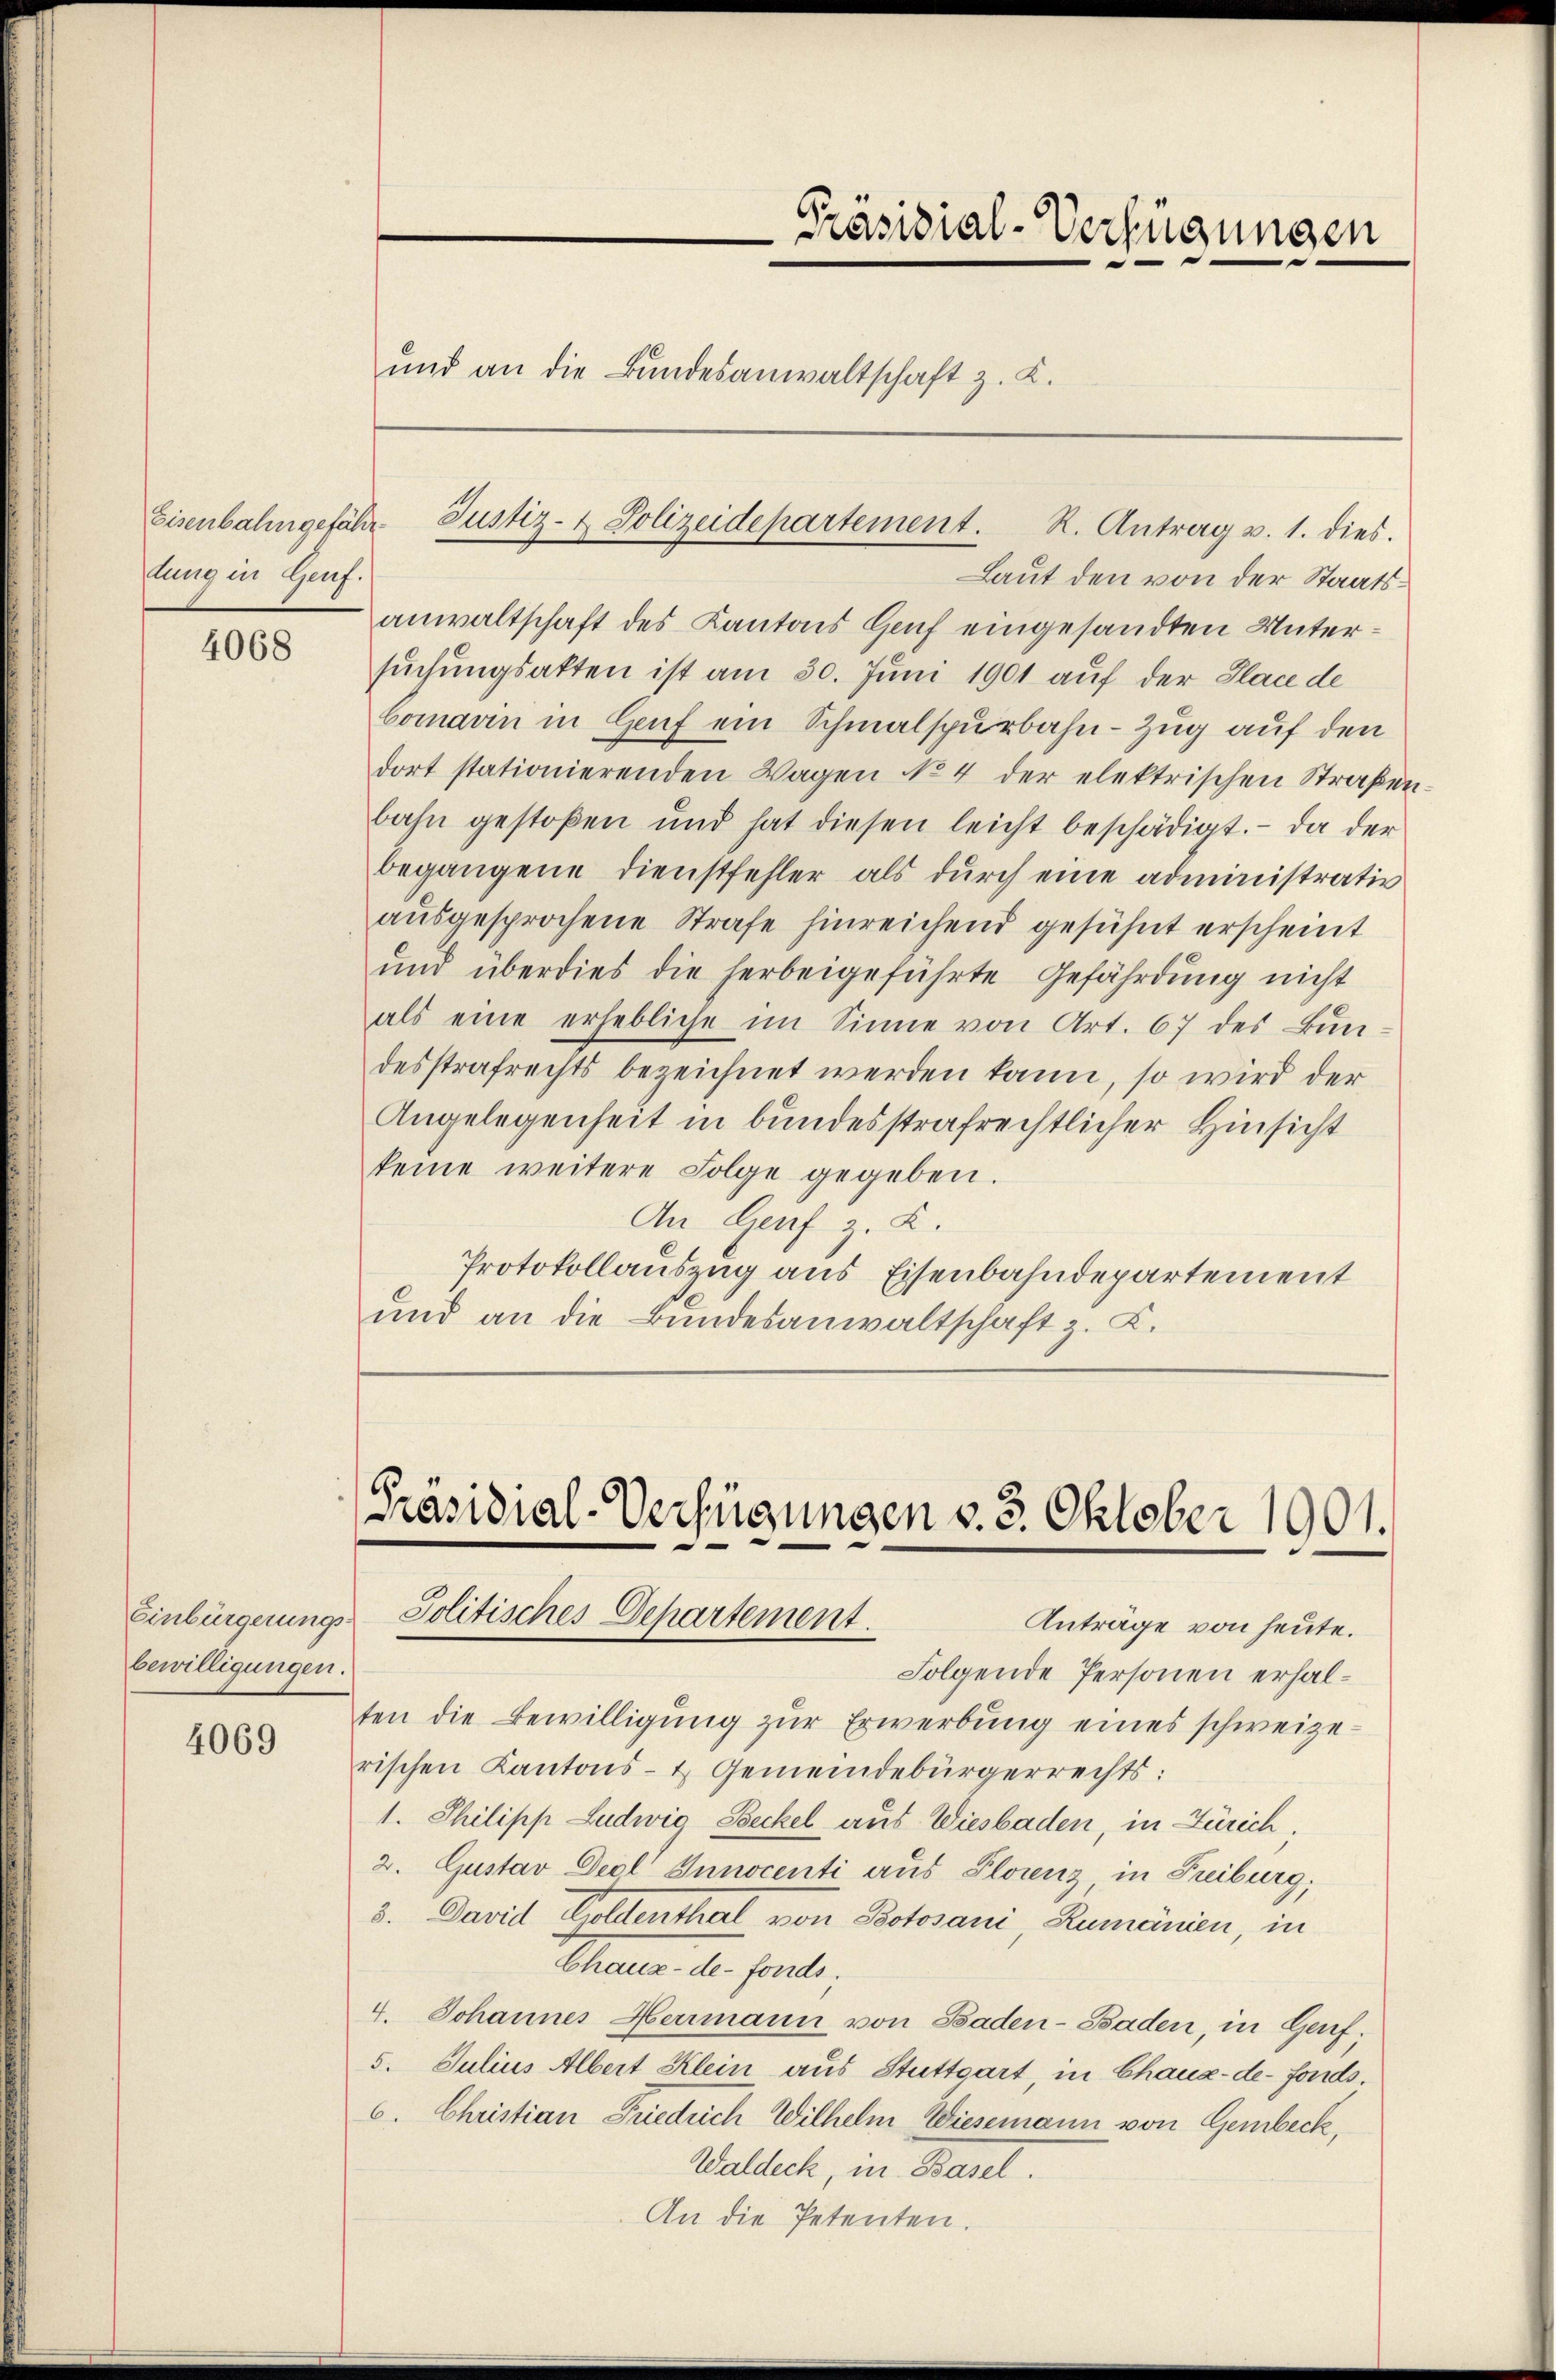
dung in Genf.

4068

bewilligungen.

4069

Laut den von der Staatsanwaltschaft des Kantons Genf eingesandten Untersŭchŭngsakten ist am 30. Juni 1901 auf der Place de
Comarin in Genf ein Schmalspurbahn-Zug auf den
dort stationierenden Wagen No 4 der elektrischen Straßen.
bahn gestoßen und hat diesen leicht beschädigt. Da der
begangene Dienstfehler als dŭrch eine administrativ
aŭsgesprochene Strafe hinreichend gesühnt erscheint
und überdies die herbeigeführte Gefährdung nicht
als eine erhebliche im Sinne von Art. 67 des Bundesstrafrechts bezeichnet werden kann, so wird der
Angelegenheit in bundesstrafrechtlicher Hinsicht
keine weitere Folge gegeben.
An Genf X.
Protokollauszug aus Eisenbahndepartement
und an die Bundesanwaltschaft z. B.

Präsidial-Verfügungen
und an die Bundesanwaltschaft z. K.

Eisenbahngefähr Justiz- & Polizeidepartement. R. Antrag v. 1. dies.

Präsidial-Verfügungen v. 3. Oktober 1901.
Einbürgerungs-Politisches Departement
Anträge von heute.

Folgende Personen erhalten die Bewilligung zur Erwerbung eines schweizerischen Kantons- & Gemeindebürgerrechts:
1. Philipp Ludwig Beckel aus Wiesbaden, in Zürich
2. Gustav Deol Innocenti aus Florenz in Freiburg;
5. David Holdenthal von Botosani, Rumänien, in
Arealen der freute,
4. Johannes Herrmann von Baden- Baden, in Genf;
5. Julius Albert Klein aus Stuttgart, in Chaux-de-Fonds.
6. Christian Friedrich Wilhelm Wiesemann von Gembeck,
Waldeck, in Basel.
An die Petenten.